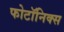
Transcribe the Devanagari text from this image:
फोटॉनिक्स